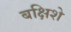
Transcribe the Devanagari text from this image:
बक्षिशे